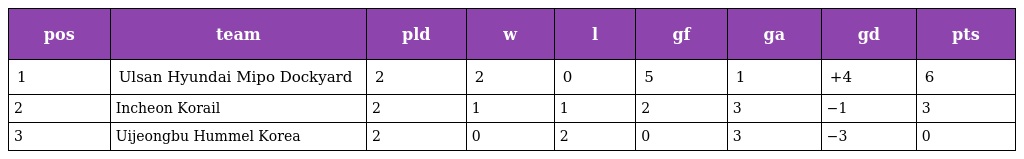
| pos | team | pld | w | l | gf | ga | gd | pts |
 | --- | --- | --- | --- | --- | --- | --- | --- | --- |
 | 1 | Ulsan Hyundai Mipo Dockyard | 2 | 2 | 0 | 5 | 1 | +4 | 6 |
 | 2 | Incheon Korail | 2 | 1 | 1 | 2 | 3 | −1 | 3 |
 | 3 | Uijeongbu Hummel Korea | 2 | 0 | 2 | 0 | 3 | −3 | 0 |